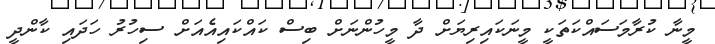
މީނާ ކުރާމަސައްކަތަކީ މީނަކައިރިޔަށް ދާ މީހުންނަށް ބިސް ކައްކައިއެއަށް ސިހުރު ހަދައި ކާންދީ